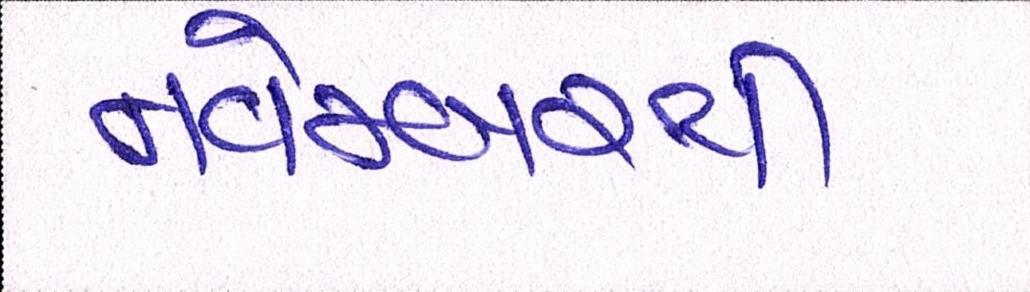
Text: નવેમ્બરથી